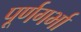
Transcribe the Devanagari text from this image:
पूर्णगर्भा